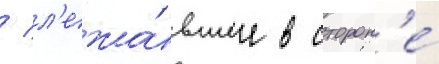
/ л'ежа́вшее в сторон'е́